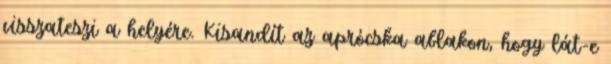
visszateszi a helyére. Kisandít az aprócska ablakon, hogy lát-e